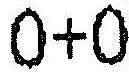
0+0